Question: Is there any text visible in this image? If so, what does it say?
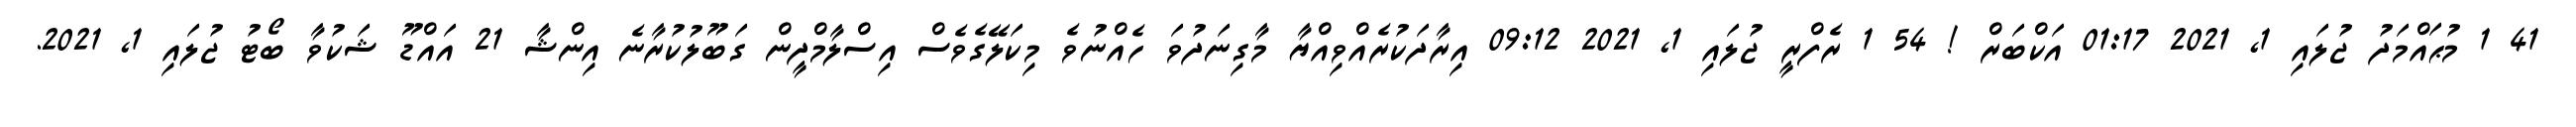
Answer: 41 1 މުޙައްމަދު ޖުލައި 1, 2021 01:17 އަކްބަރް ! 54 1 ރެފްރީ ޖުލައި 1, 2021 09:12 އިރާދަކުރެއްވިއްޔާ މާގިނަދުވަ ހެއްނުވެ މިކަލޭގެވެސް އިސްލާމްދީން ގަބޫލުކުރާނެ އިންޝާ 21 އައްޑޫ ޝަކުވާ ބޯޓު ޖުލައި 1, 2021.